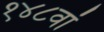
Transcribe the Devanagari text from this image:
१४८वां